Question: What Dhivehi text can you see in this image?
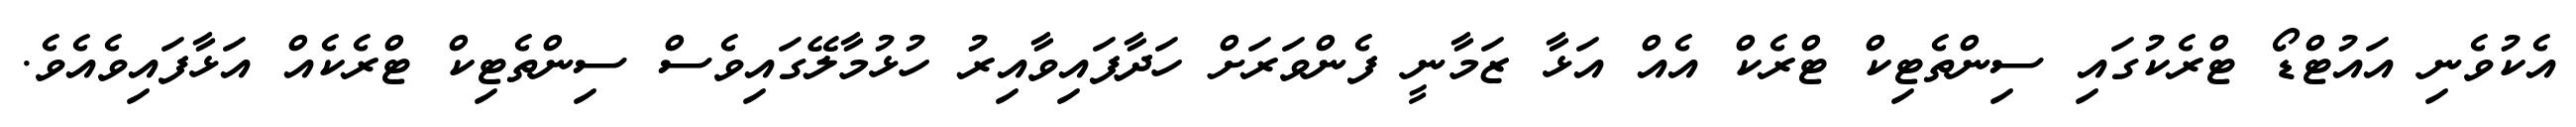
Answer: އެކުވެނި އައުޓްޑޯ ޓްރެކުގައި ސިންތެޓިކް ޓްރެކް އެއް އަޅާ ޒަމާނީ ފެންވަރަށް ހަދާފައިވާއިރު ހުޅުމާލޭގައިވެސް ސިންތެޓިކް ޓްރެކެއް އަޅާފައިވެއެވެ.